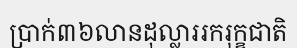
ប្រាក់៣៦លានដុល្លាររករុក្ខជាតិ